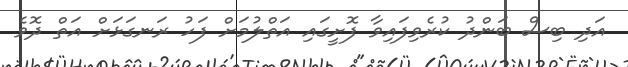
އަދި ބިސް ބަންދު ކުރެވިފައިވާ ފޮށީގައި އަތްލުމަށް ފަހު ރަނގަޅަށް އަތް ދޮވެ